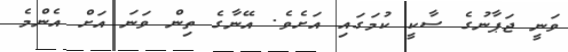
ވަނީ ޖަޕާނުގެ ސާކީ ކުމަގައި އަށެވެ. އޭނާގެ ތިން ވަނަ އަށް އެންމެ